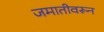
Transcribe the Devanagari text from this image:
जमातीवरून